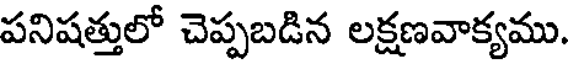
పనిషత్తులో చెప్పబడిన లక్షణవాక్యము.